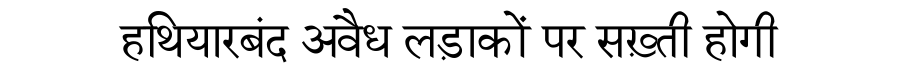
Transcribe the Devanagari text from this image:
हथियारबंद अवैध लड़ाकों पर सख़्ती होगी